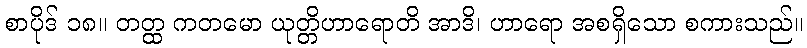
စာပိုဒ် ၁၈။ တတ္ထ ကတမော ယုတ္တိဟာရောတိ အာဒိ၊ ဟာရော အစရှိသော စကားသည်။